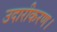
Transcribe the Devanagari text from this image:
उदारीकरण।